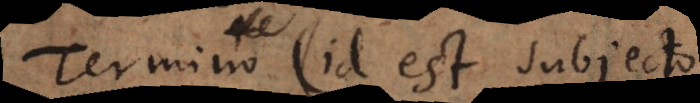
Termino (id est subjecto